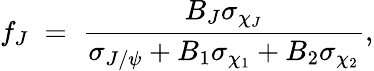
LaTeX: f_{J}\; =\; {\frac{B_{J}\sigma_{\chi_{J}}}{\sigma_{J/\psi}+B_{1}\sigma_{\chi_{1}}+B_{2}\sigma_{\chi_{2}}}},